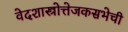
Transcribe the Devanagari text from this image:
वेदशास्त्रोत्तेजकसभेची